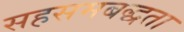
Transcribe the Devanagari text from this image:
सहसमबद्धता